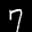
Label: 7